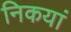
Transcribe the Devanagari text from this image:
निकयां